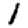
Digit: 1